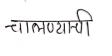
मजकूर: चालण्याची